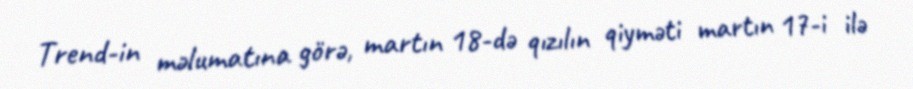
Trend-in məlumatına görə, martın 18-də qızılın qiyməti martın 17-i ilə